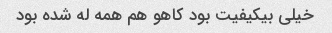
خیلی بیکیفیت بود کاهو هم همه له شده بود